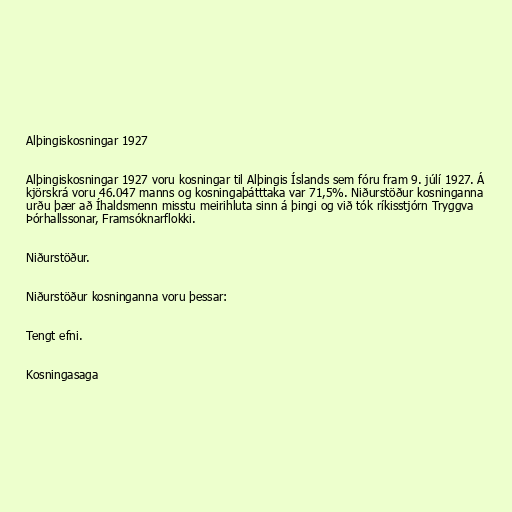
Alþingiskosningar 1927

Alþingiskosningar 1927 voru kosningar til Alþingis Íslands sem fóru fram 9. júlí 1927. Á
kjörskrá voru 46.047 manns og kosningaþátttaka var 71,5%. Niðurstöður kosninganna
urðu þær að Íhaldsmenn misstu meirihluta sinn á þingi og við tók ríkisstjórn Tryggva
Þórhallssonar, Framsóknarflokki.

Niðurstöður.

Niðurstöður kosninganna voru þessar:

Tengt efni.

Kosningasaga